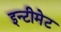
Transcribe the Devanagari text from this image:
इन्टीमेट